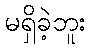
မရှိခဲ့ဘူး